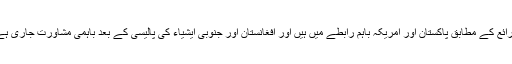
ذرائع کے مطابق پاکستان اور امریکہ باہم رابطے میں ہیں اور افغانستان اور جنوبی ایشیاء کی پالیسی کے بعد باہمی مشاورت جاری ہے۔